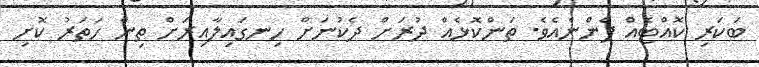
ބަކަރި ކޮއްޓެއް ފެންނެއެވެ. ތަންކޮޅެއް ދުރަށް ދެކުނަށް ހިނގައިލާއިރަށް ތިން ހަތަރު ކޮށި